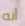
أنه